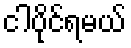
ငါပိုင်ရမယ်